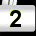
Digit: 2